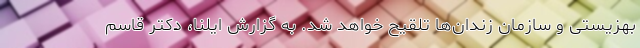
بهزیستی و سازمان زندان‌ها تلقیح خواهد شد. به گزارش ایلنا، دکتر قاسم